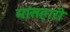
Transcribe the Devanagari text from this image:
मांसहारी